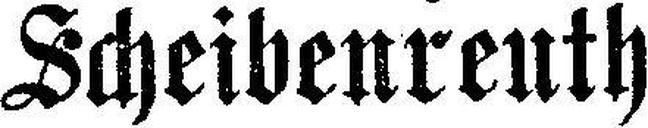
Scheibenreuth